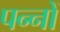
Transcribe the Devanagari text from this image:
पन्‍नों